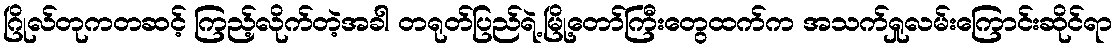
ဂြိုလ်တုကတဆင့် ကြည့်လိုက်တဲ့အခါ တရုတ်ပြည်ရဲ့မြို့တော်ကြီးတွေထက်က အသက်ရှုလမ်းကြောင်းဆိုင်ရာ